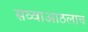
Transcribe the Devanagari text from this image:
सव्वाआठलाच